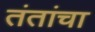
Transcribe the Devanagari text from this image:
तंतांचा